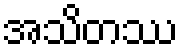
အသိတဿ